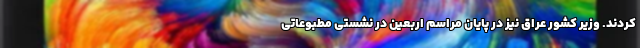
کردند. وزیر کشور عراق نیز در پایان مراسم اربعین در نشستی مطبوعاتی